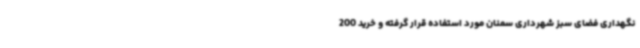
نگهداری فضای سبز شهرداری سمنان مورد استفاده قرار گرفته و خرید 200